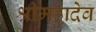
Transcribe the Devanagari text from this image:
श्रीमहादेव